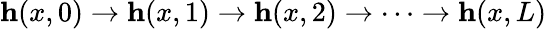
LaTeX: \mathbf{h}(x,0)\rightarrow\mathbf{h}(x,1)\rightarrow\mathbf{h}(x,2)\rightarrow\cdots\rightarrow\mathbf{h}(x,L)